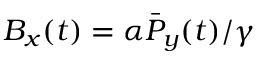
B _ { x } ( t ) = { \alpha } \bar { P } _ { y } ( t ) / { \gamma }